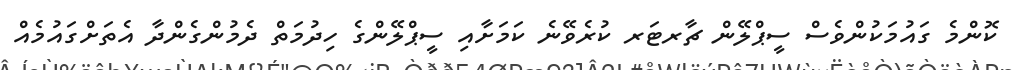
ކޮންމެ ގައުމަކުންވެސް ސީޕްލޭން ޗާރޓަރ ކުރެވޭނެ ކަމަށާއި ސީޕްލޭންގެ ހިދުމަތް ދެމުންގެންދާ އެތަށްގައުމެއް